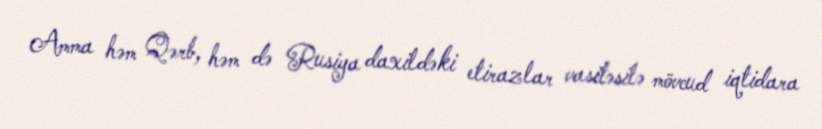
Amma həm Qərb, həm də Rusiya daxildəki etirazlar vasitəsilə mövcud iqtidara